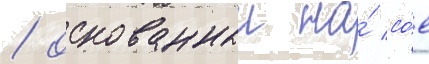
/ основанныи на́ со́е